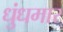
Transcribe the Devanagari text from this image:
धुंधमार